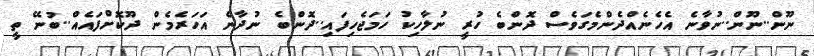
ނޫން..ނޫން..ނުވާނެ އެހެނެއްދެންމެގަވެސް ދޮންބެ ހުރީ ނުލާހިކު ހަމަޖެހިފައި..ދޮންބެ ނުދާނެ އަހަރެމެން ދޫކޮށްފައެއް..ބުނޭ ތީ